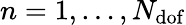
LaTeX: n=1,\dots,N_{\mathrm{dof}}